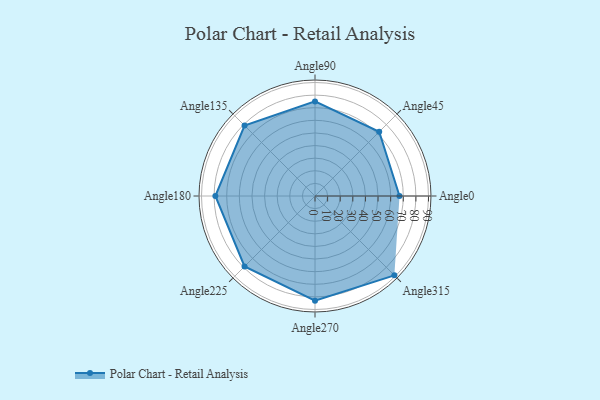
{"axis": {"x": "Angle", "y": "Radius"}, "legend": [""], "data": [{"x": "Angle0", "y": 67.0, "type": ""}, {"x": "Angle45", "y": 72.0, "type": ""}, {"x": "Angle90", "y": 75.0, "type": ""}, {"x": "Angle135", "y": 79.0, "type": ""}, {"x": "Angle180", "y": 79.0, "type": ""}, {"x": "Angle225", "y": 79.0, "type": ""}, {"x": "Angle270", "y": 83.0, "type": ""}, {"x": "Angle315", "y": 89.0, "type": ""}]}